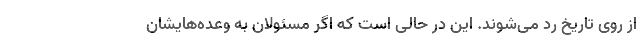
از روی تاریخ رد می‌شوند. این در حالی است که اگر مسئولان به وعده‌هایشان